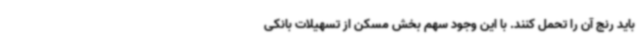
باید رنج آن را تحمل کنند. با این وجود سهم بخش مسکن از تسهیلات بانکی